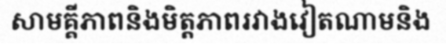
សាមគ្គីភាពនិងមិត្តភាពរវាងវៀតណាមនិង